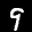
Label: 9